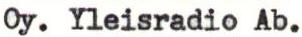
Oy. Yleisradio Ab.